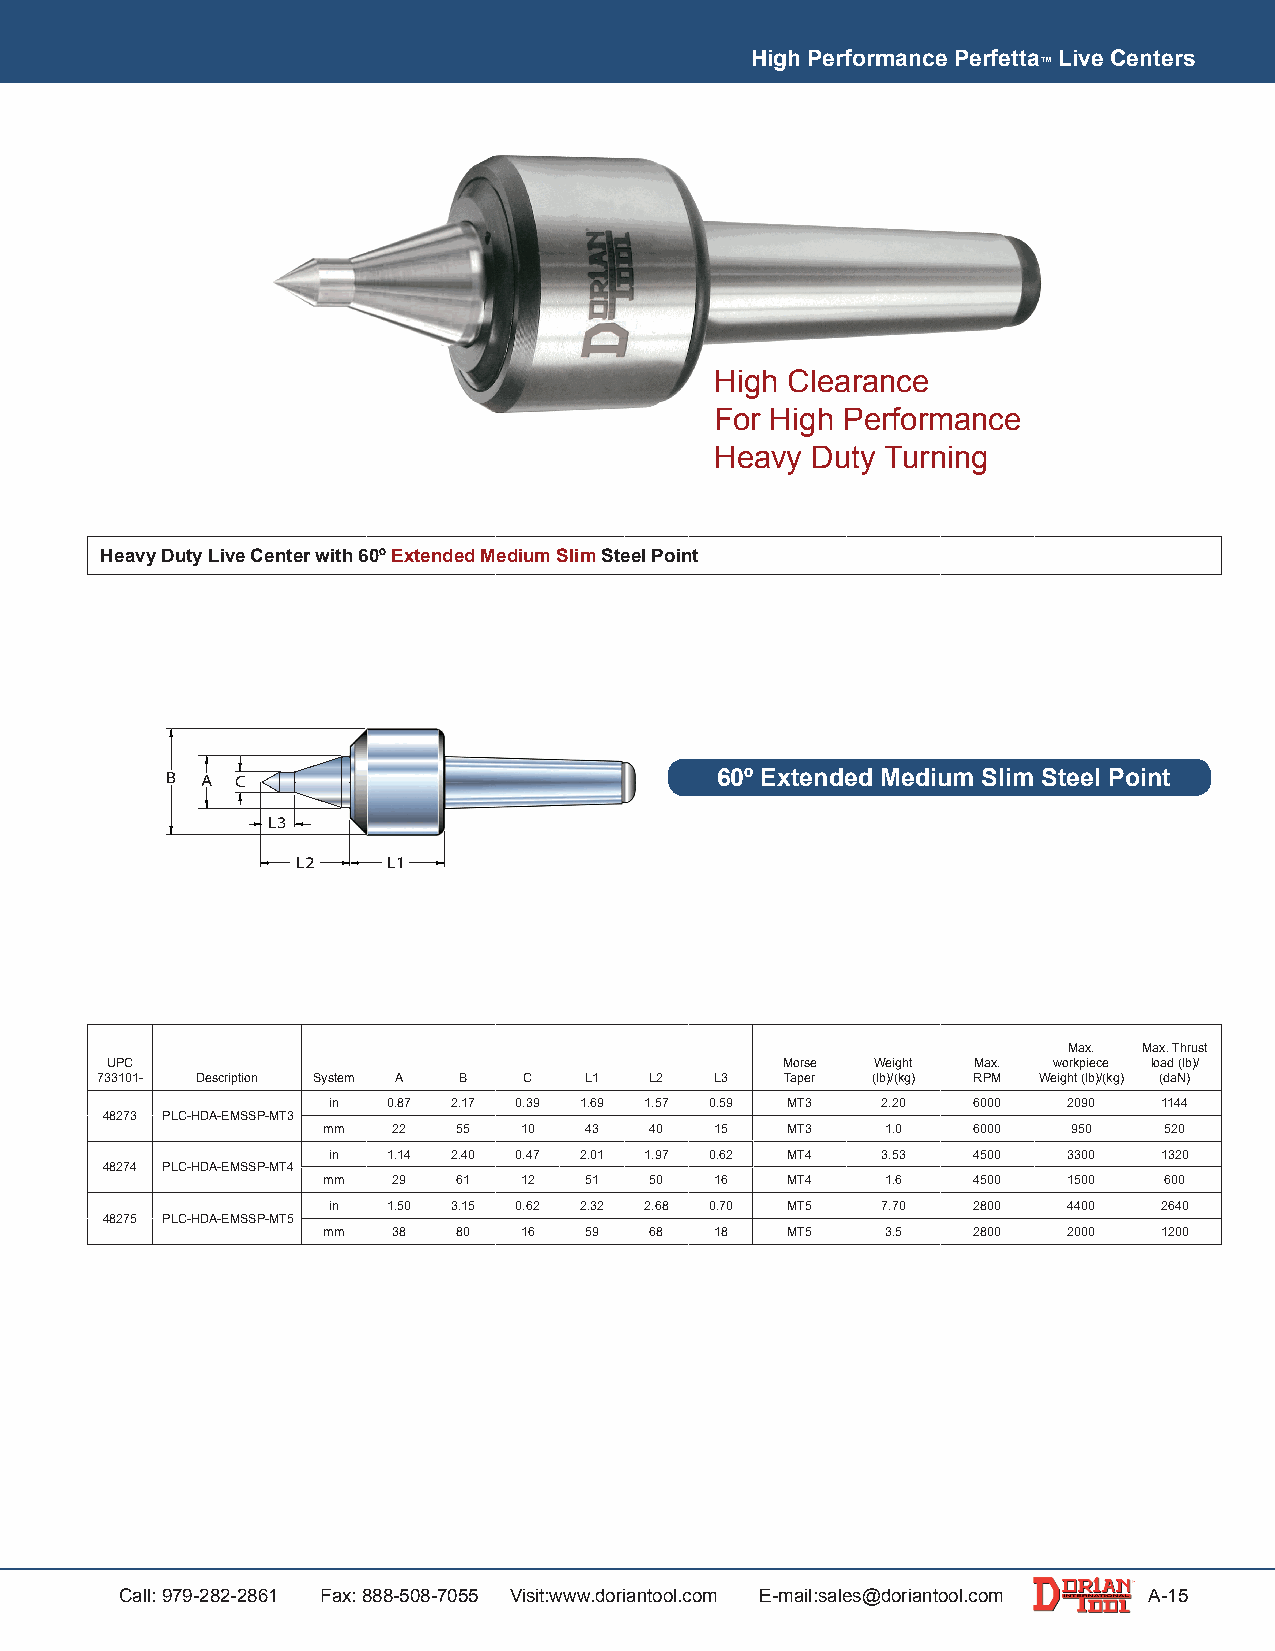
High Performance Perfetta Live Centers
 ™
 High Clearance
 For High Performance
 Heavy  Duty Turning
 Heavy Duty Live Center with 60º Extended Medium Slim Steel Point
 B A  C                              60º Extended Medium Slim Steel Point
 L3
 L2    L1
 Max. Max. Thrust
 UPC                                          Morse Weight Max. workpiece load (lb)/
 733101- Description System A B C L1  L2  L3   Taper (lb)/(kg) RPM Weight (lb)/(kg) (daN)
 in  0.87 2.17 0.39 1.69 1.57 0.59 MT3 2.20 6000  2090  1144
 48273 PLC-HDA-EMSSP-MT3
 mm   22  55  10   43  40  15   MT3    1.0  6000   950   520
 in  1.14 2.40 0.47 2.01 1.97 0.62 MT4 3.53 4500  3300  1320
 48274 PLC-HDA-EMSSP-MT4
 mm   29  61  12   51  50  16   MT4    1.6  4500   1500  600
 in  1.50 3.15 0.62 2.32 2.68 0.70 MT5 7.70 2800  4400  2640
 48275 PLC-HDA-EMSSP-MT5
 mm   38  80  16   59  68  18   MT5    3.5  2800   2000  1200
 Call: 979-282-2861 Fax: 888-508-7055 Visit:www.doriantool.com E-mail:sales@doriantool.com A-15